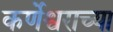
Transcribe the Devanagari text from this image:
कर्णेश्वराच्या